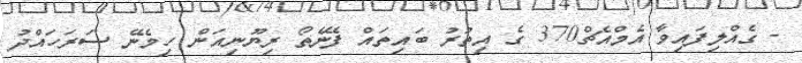
- ގެއްލިފައިވާ އެމްއެޗް370 ގެ އިތުރު ބައިތައް ފެނޭތޯ ރިޔޫނިއަން ހިމެނޭ ސަރަހައްދު